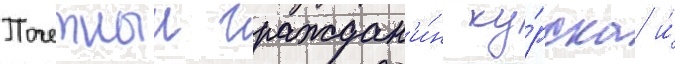
Почетныи граждан'и́н ку́рска и́